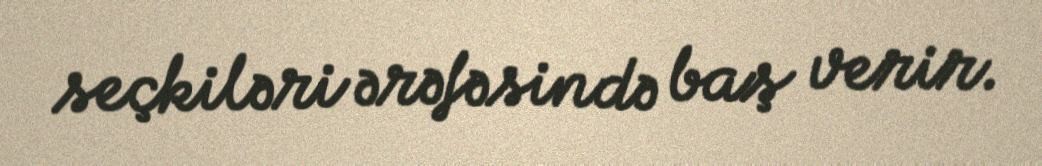
seçkiləri ərəfəsində baş verir.